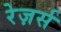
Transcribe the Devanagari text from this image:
रेज़र्स